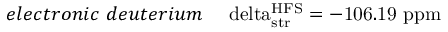
e l e c t r o n i c ~ d e u t e r i u m ~ ~ ~ \mathrm { \ d e l t a _ { s t r } ^ { H F S } = - 1 0 6 . 1 9 ~ p p m }